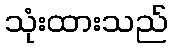
သုံးထားသည်